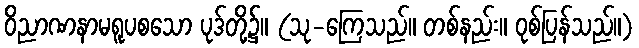
ဝိညာဏနာမရူပစသော ပုဒ်တို့၌။ (သု-ကြေသည်။ တစ်နည်း။ ဝုစ်ပြန်သည်။)